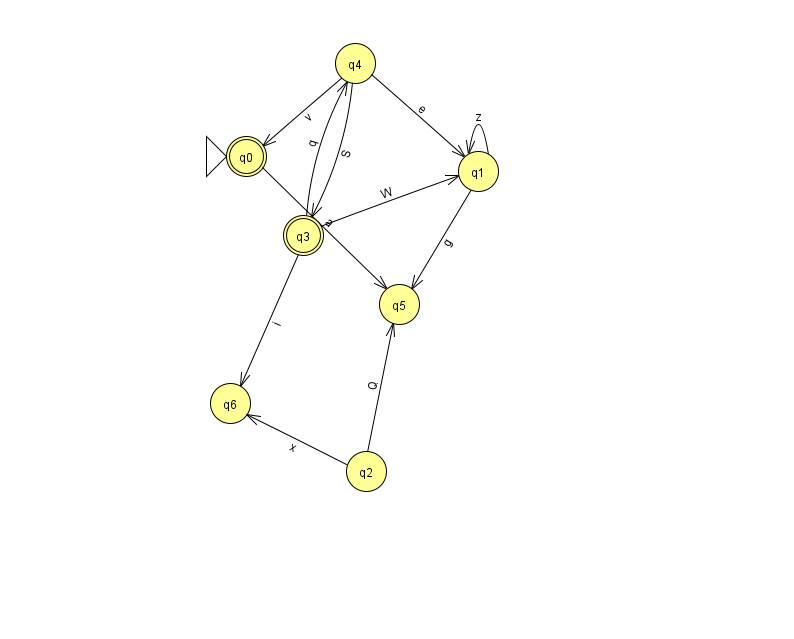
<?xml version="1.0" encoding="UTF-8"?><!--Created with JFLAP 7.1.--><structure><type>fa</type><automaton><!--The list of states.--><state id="0" name="q0"><x>246.0</x><y>143.0</y><initial/><final/></state><state id="1" name="q1"><x>478.0</x><y>158.0</y></state><state id="2" name="q2"><x>366.0</x><y>458.0</y></state><state id="3" name="q3"><x>303.0</x><y>222.0</y><final/></state><state id="4" name="q4"><x>355.0</x><y>50.0</y></state><state id="5" name="q5"><x>399.0</x><y>291.0</y></state><state id="6" name="q6"><x>230.0</x><y>390.0</y></state><!--The list of transitions.--><transition><from>0</from><to>5</to><read>a</read></transition><transition><from>3</from><to>1</to><read>W</read></transition><transition><from>2</from><to>6</to><read>x</read></transition><transition><from>4</from><to>0</to><read>v</read></transition><transition><from>2</from><to>5</to><read>Q</read></transition><transition><from>4</from><to>1</to><read>e</read></transition><transition><from>1</from><to>1</to><read>z</read></transition><transition><from>1</from><to>5</to><read>g</read></transition><transition><from>3</from><to>6</to><read>i</read></transition><transition><from>4</from><to>3</to><read>S</read></transition><transition><from>3</from><to>4</to><read>q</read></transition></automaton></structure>